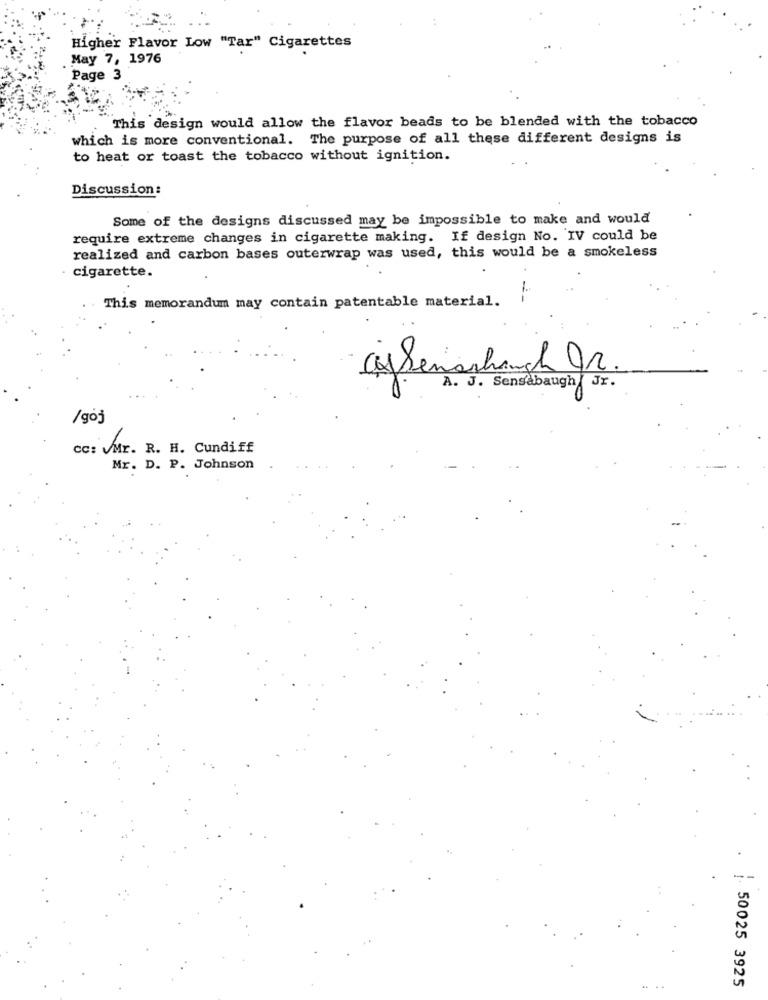
Higher Flavor Low "Tar" Cigarettes
May 7, 1976
Page 3
This design would allow the flavor beads to be blended with the tobacco
which is more conventional. The purpose of all these different designs is
to heat or toast the tobacco without ignition.
Discussion:
Some of the designs discussed may be impossible to make and would
require extreme changes in cigarette making. If design No. IV could be
realized and carbon bases outerwrap was used, this would be a smokeless
cigarette.
This memorandum may contain patentable material.
--
A. J. Sensabaugh | Jr.
/goj
cc: vMr. R. H. Cundiff
Mr. D. P. Johnson
50025 3925